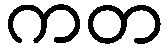
ကတ